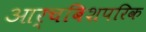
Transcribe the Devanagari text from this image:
आर्चबिशपरिक